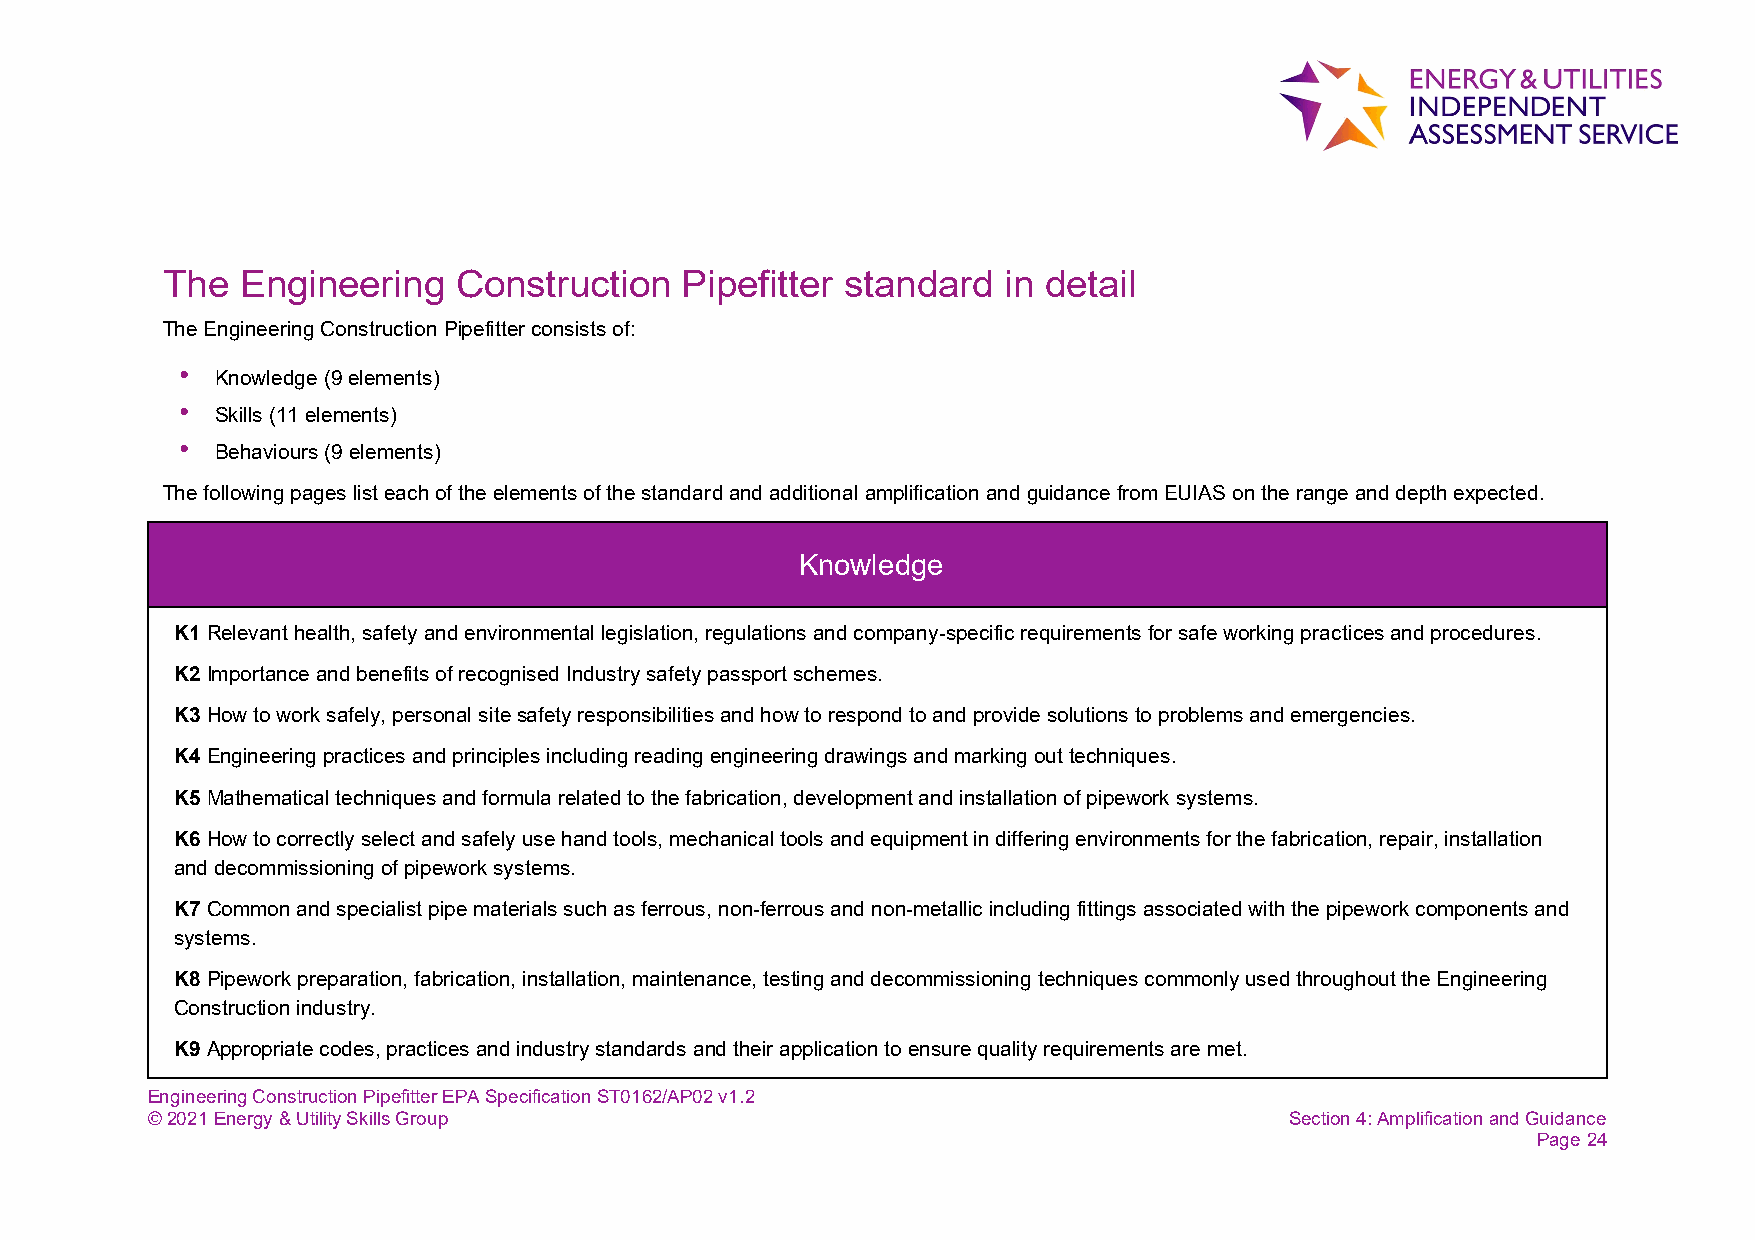
The  Engineering   Construction   Pipefitter standard  in detail
 The Engineering Construction Pipefitter consists of:
 • Knowledge (9 elements)
 • Skills (11 elements)
 • Behaviours (9 elements)
 The following pages list each of the elements of the standard and additional amplification and guidance from EUIAS on the range and depth expected.
 Knowledge
 K1 Relevant health, safety and environmental legislation, regulations and company-specific requirements for safe working practices and procedures.
 K2 Importance and benefits of recognised Industry safety passport schemes.
 K3 How to work safely, personal site safety responsibilities and how to respond to and provide solutions to problems and emergencies.
 K4 Engineering practices and principles including reading engineering drawings and marking out techniques.
 K5 Mathematical techniques and formula related to the fabrication, development and installation of pipework systems.
 K6 How to correctly select and safely use hand tools, mechanical tools and equipment in differing environments for the fabrication, repair, installation
 and decommissioning of pipework systems.
 K7 Common and specialist pipe materials such as ferrous, non-ferrous and non-metallic including fittings associated with the pipework components and
 systems.
 K8 Pipework preparation, fabrication, installation, maintenance, testing and decommissioning techniques commonly used throughout the Engineering
 Construction industry.
 K9 Appropriate codes, practices and industry standards and their application to ensure quality requirements are met.
 Engineering Construction Pipefitter EPA Specification ST0162/AP02 v1.2
 © 2021 Energy & Utility Skills Group                                       Section 4: Amplification and Guidance
 Page 24